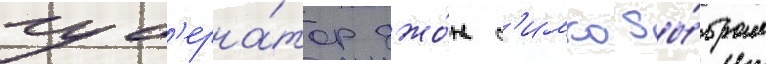
губ'ерна́тор джо́н с'имко вы́брал